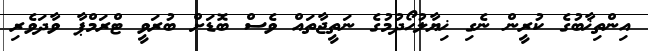
އިންތިޚާބުގެ ކުރީން ނެގި ޚިޔާލުހޯދުމުގެ ނަތީޖާތައް ވެސް ބޮޑަށް ބުރަވީ ޓްރަމްޕާ ވާދަވެރި